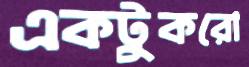
একটুকরো